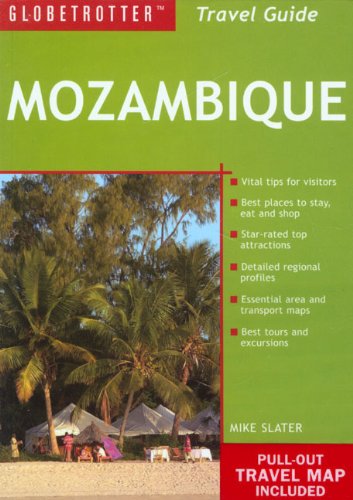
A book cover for Mozambique Travel Pack (Globetrotter Travel Packs); New Holland Publishers (UK) Ltd.; Travel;